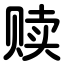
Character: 赎